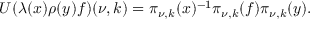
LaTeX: U ( \lambda ( x ) \rho ( y ) f ) ( \nu , k ) = \pi _ { \nu , k } ( x ) ^ { - 1 } \pi _ { \nu , k } ( f ) \pi _ { \nu , k } ( y ) .